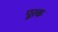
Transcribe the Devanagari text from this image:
पूऱक